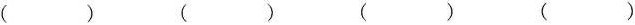
（） （） （） （）